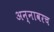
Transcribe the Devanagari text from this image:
अन्नावरच